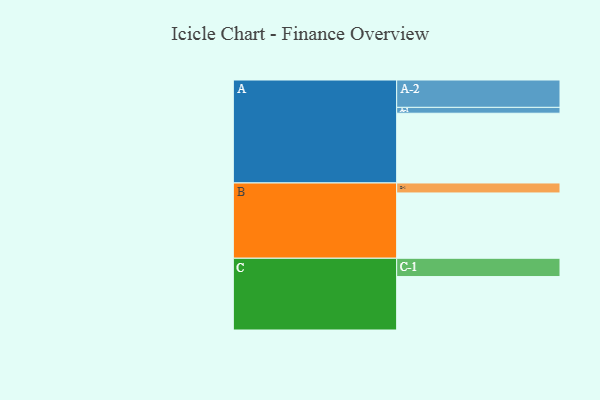
{"axis": {"x": "Segment", "y": "Value"}, "legend": ["", "A", "B", "C"], "data": [{"x": "A", "y": 594, "type": ""}, {"x": "B", "y": 556, "type": ""}, {"x": "C", "y": 455, "type": ""}, {"x": "A-1", "y": 50, "type": "A"}, {"x": "A-2", "y": 233, "type": "A"}, {"x": "B-1", "y": 85, "type": "B"}, {"x": "C-1", "y": 156, "type": "C"}]}